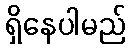
ရှိနေပါမည်